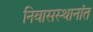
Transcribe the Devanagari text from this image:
निवासस्थानांत